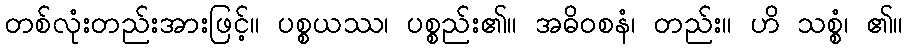
တစ်လုံးတည်းအားဖြင့်။ ပစ္စယဿ၊ ပစ္စည်း၏။ အဓိဝစနံ၊ တည်း။ ဟိ သစ္စံ၊ ၏။